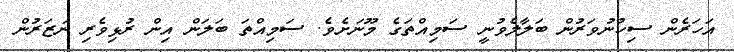
އަހަރެން ސިހުނުވަރުން ބަލާލެވުނީ ސަމިއްތަގެ މޫނަށެވެ. ސަމިއްތަ ބަލަން އިން ރުޅިވެރި ނަޒަރުން